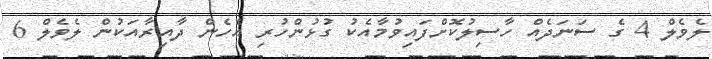
ލެވެލް 4 ގެ ސަނަދެއް ހާސިލުކޮށްފައިވުމާއެކު ގުޅުންހުރި އެހެން ދާއިރާއަކުން ލެވެލް 6